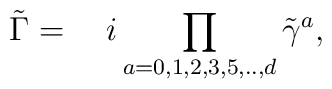
\tilde{\Gamma} = \quad i \prod_{a=0,1,2,3,5,..,d} \tilde{\gamma}^a,